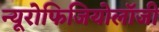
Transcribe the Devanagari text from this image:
न्यूरोफिजियोलॉजी